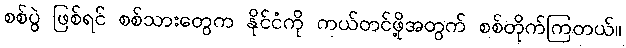
စစ်ပွဲ ဖြစ်ရင် စစ်သားတွေက နိုင်ငံကို ကယ်တင်ဖို့အတွက် စစ်တိုက်ကြတယ်။